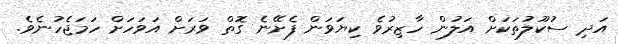
އަދި ސުކޫލުތަކަށް އަލުން ހާޒިރުވެ ކިޔަވަން ފެށޭނެ ގޮތް ވަރަށް އަވަހަށް ހަމަޖެހުނެވެ.